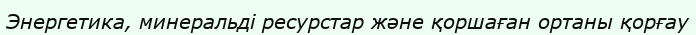
Энергетика, минеральді ресурстар және қоршаған ортаны қорғау